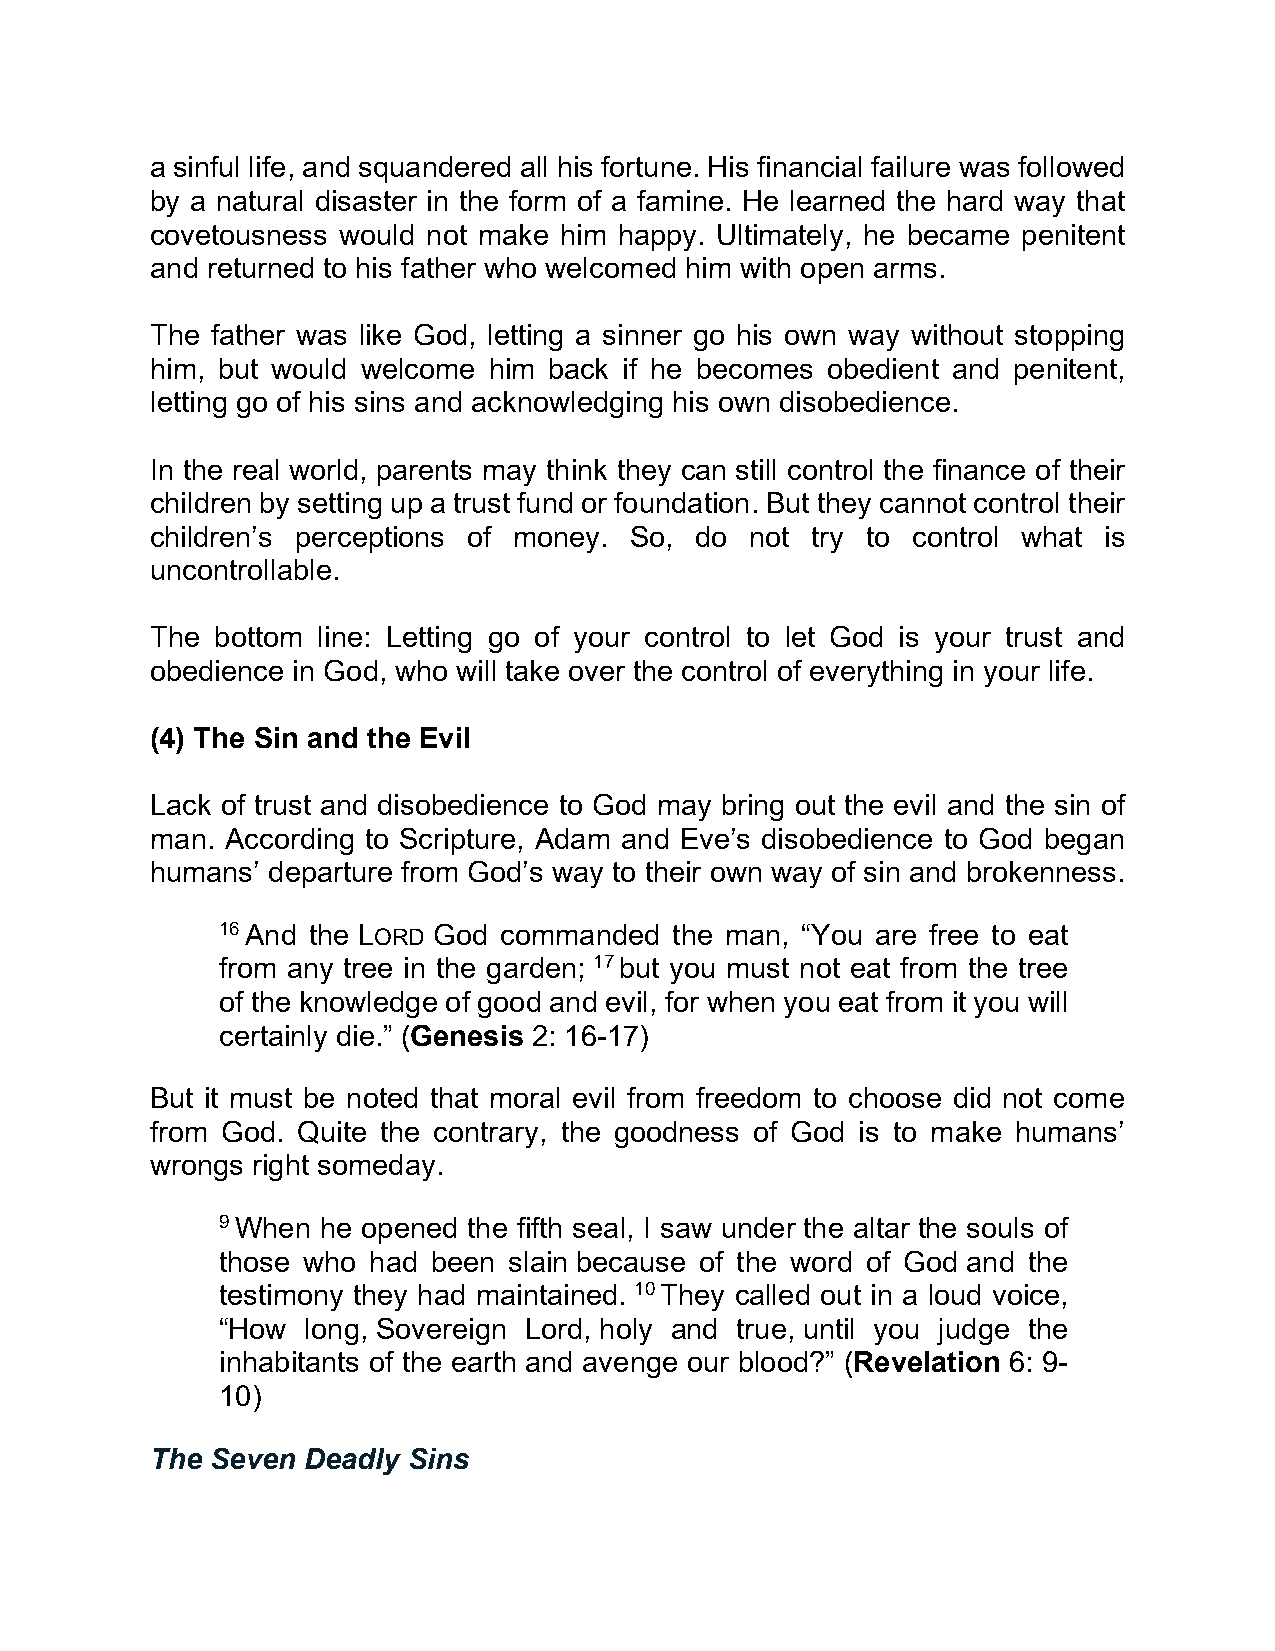
a sinful life, and squandered all his fortune. His financial failure was followed
 by a natural disaster in the form of a famine. He learned the hard way that
 covetousness would not make him happy. Ultimately, he became penitent
 and returned to his father who welcomed him with open arms.
 The father was like God, letting a sinner go his own way without stopping
 him, but would welcome him back if he becomes obedient and penitent,
 letting go of his sins and acknowledging his own disobedience.
 In the real world, parents may think they can still control the finance of their
 children by setting up a trust fund or foundation. But they cannot control their
 children’s perceptions of money. So, do not try to control what is
 uncontrollable.
 The bottom line: Letting go of your control to let God is your trust and
 obedience in God, who will take over the control of everything in your life.
 (4) The Sin and the Evil
 Lack of trust and disobedience to God may bring out the evil and the sin of
 man. According to Scripture, Adam and Eve’s disobedience to God began
 humans’ departure from God’s way to their own way of sin and brokenness.
 16 And the LORD God commanded  the man, “You are free to eat
 from any tree in the garden; 17 but you must not eat from the tree
 of the knowledge of good and evil, for when you eat from it you will
 certainly die.” (Genesis 2: 16-17)
 But it must be noted that moral evil from freedom to choose did not come
 from God. Quite the contrary, the goodness of God is to make humans’
 wrongs right someday.
 9 When he opened the fifth seal, I saw under the altar the souls of
 those who had  been slain because of the word of God and the
 testimony they had maintained. 10 They called out in a loud voice,
 “How  long, Sovereign Lord, holy and true, until you judge the
 inhabitants of the earth and avenge our blood?” (Revelation 6: 9-
 10)
 The Seven Deadly Sins